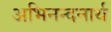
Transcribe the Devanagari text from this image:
अभिनन्दनार्थ